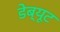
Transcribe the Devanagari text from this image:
डेब्यूट